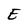
Character: E